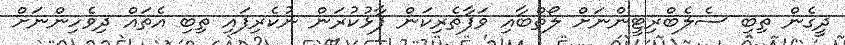
ދީގެން ތިބި ސެލެބްރިޓީންނަށް ލޯތްބާއި ވަފާތެރިކަން ފާޅުކުރަން ނުކެރިފައި ތިބި އެތައް ދިވެހިންނަށް